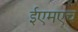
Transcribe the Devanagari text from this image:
ईएमएच